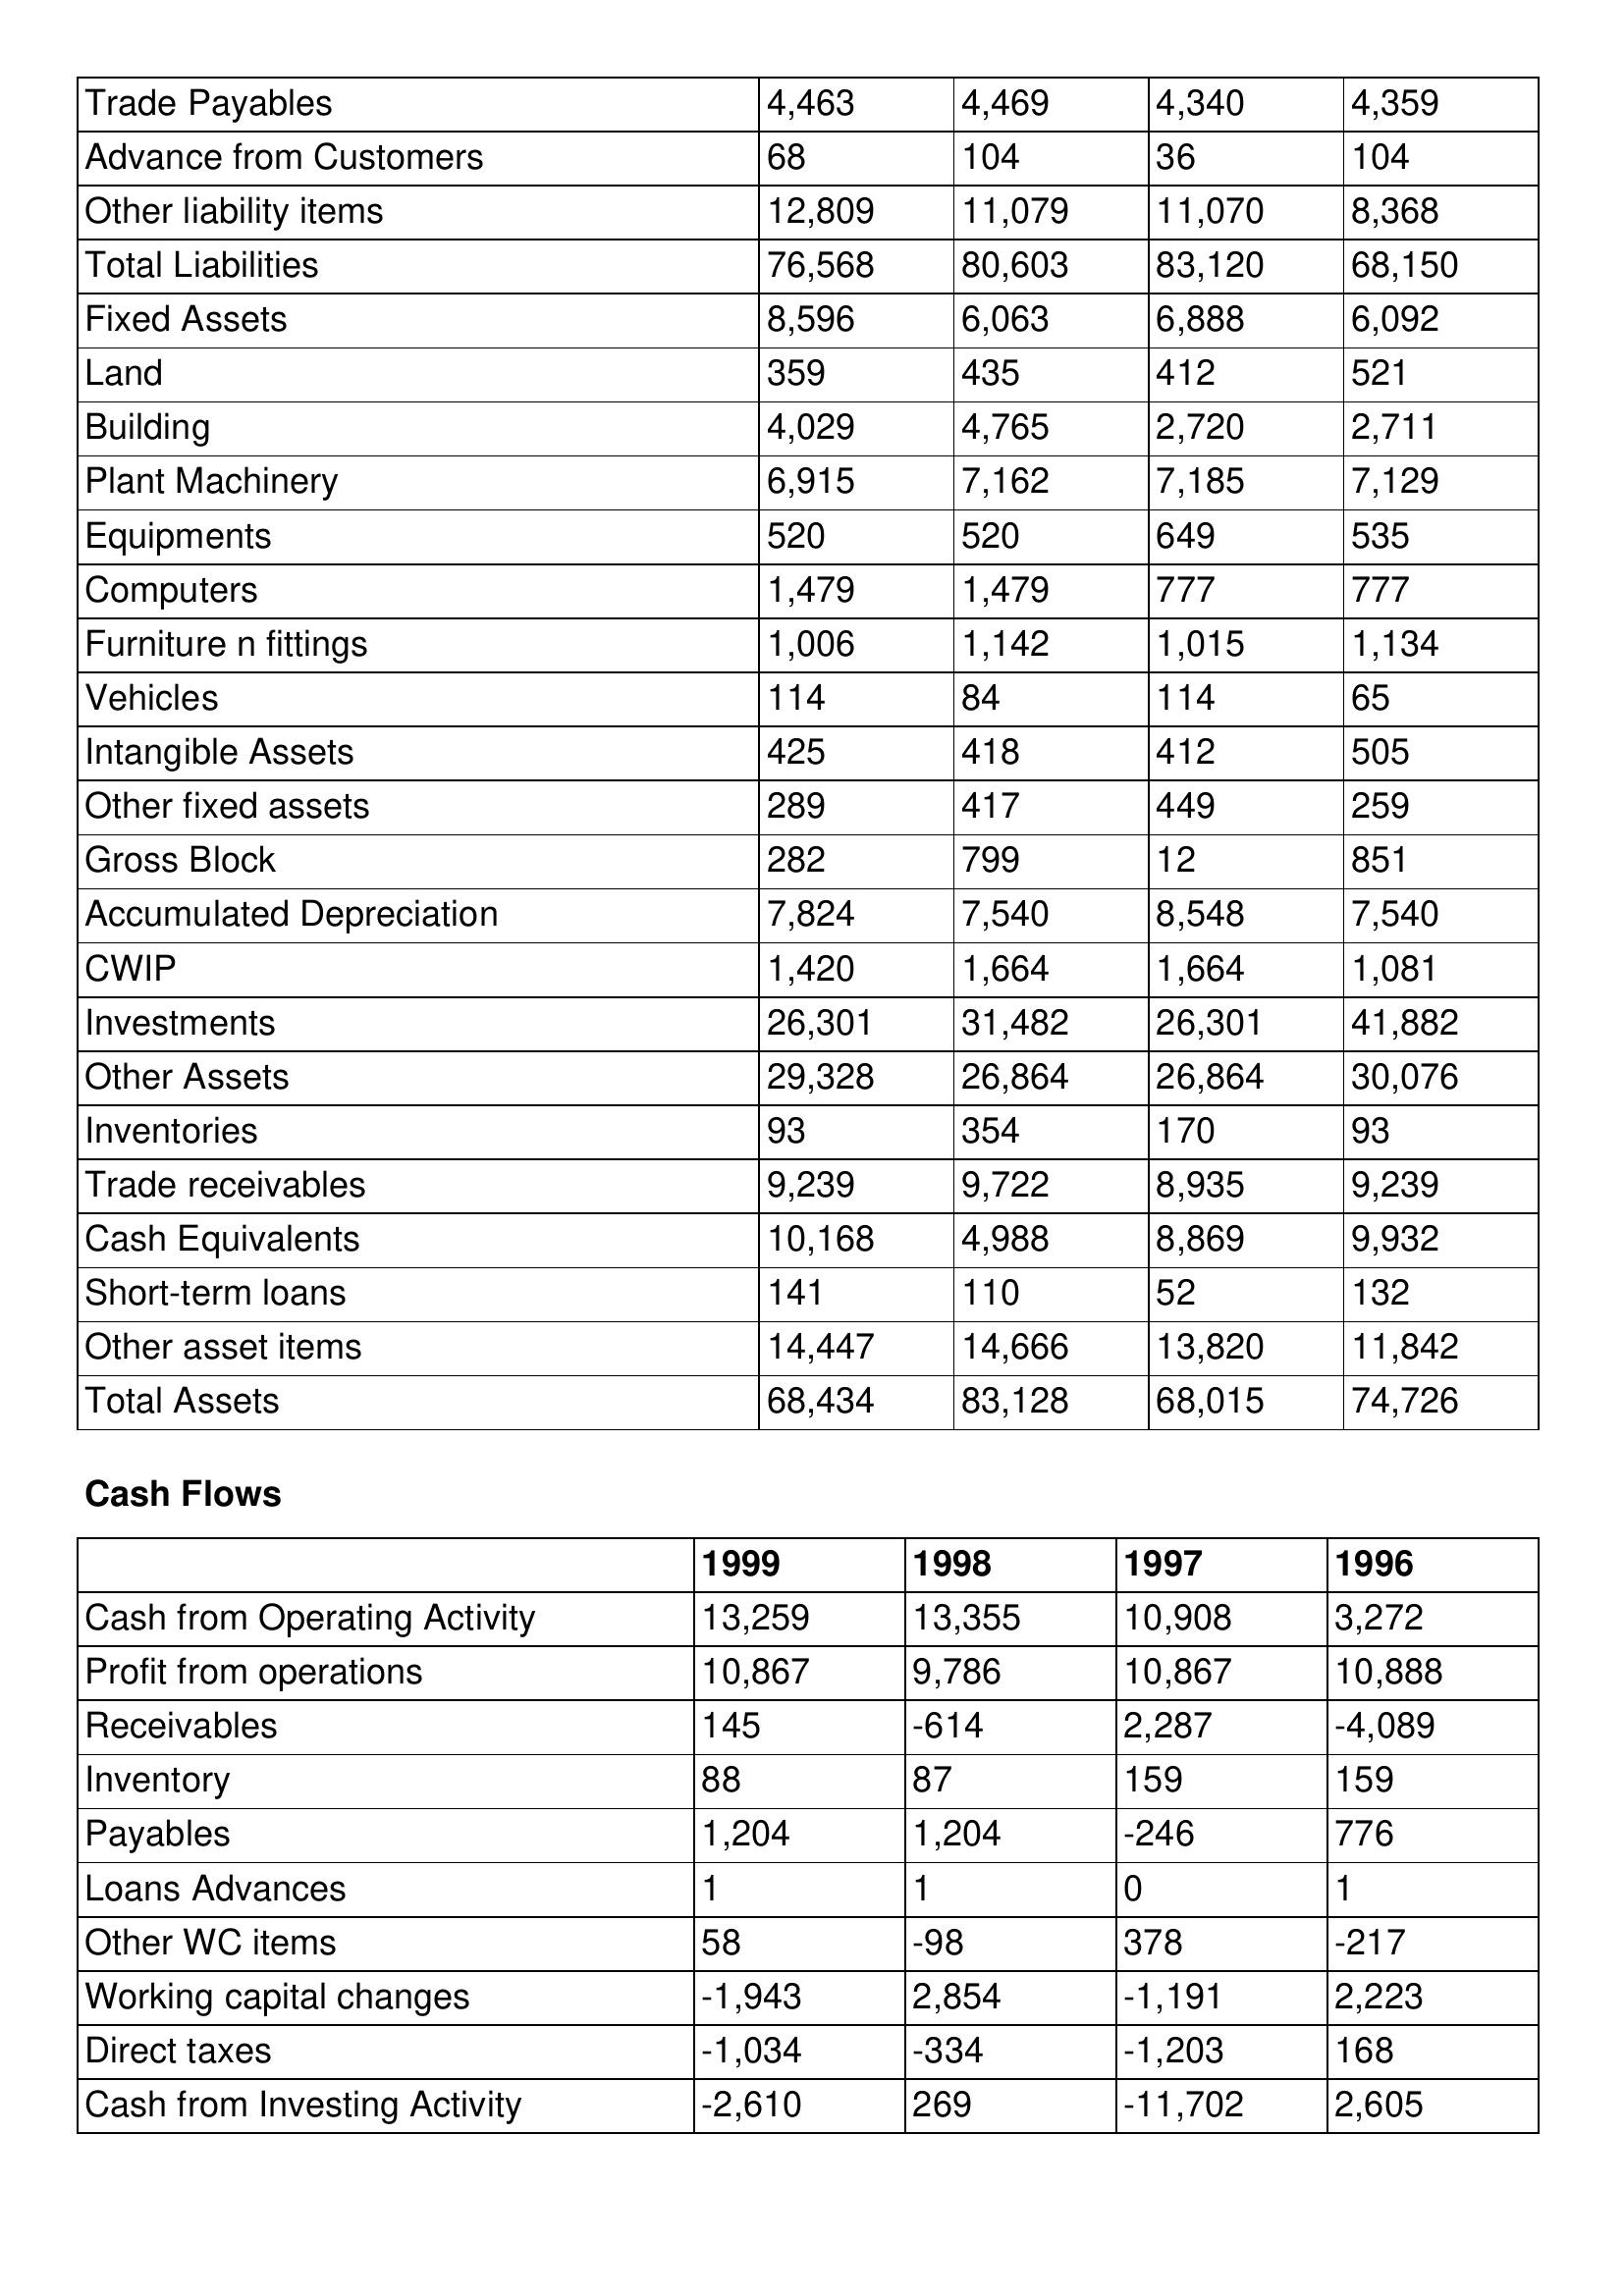
gt_parse: 1999: Balance Sheet: Trade Payables: 4,463
Advance from Customers: 68
Other liability items: 12,809
Total Liabilities: 76,568
Fixed Assets: 8,596
Land: 359
Building: 4,029
Plant Machinery: 6,915
Equipments: 520
Computers: 1,479
Furniture n fittings: 1,006
Vehicles: 114
Intangible Assets: 425
Other fixed assets: 289
Gross Block: 282
Accumulated Depreciation: 7,824
CWIP: 1,420
Investments: 26,301
Other Assets: 29,328
Inventories: 93
Trade receivables: 9,239
Cash Equivalents: 10,168
Short-term loans: 141
Other asset items: 14,447
Total Assets: 68,434
Cash Flows: Cash from Operating Activity: 13,259
Profit from operations: 10,867
Receivables: 145
Inventory: 88
Payables: 1,204
Loans Advances: 1
Other WC items: 58
Working capital changes: -1,943
Direct taxes: -1,034
Cash from Investing Activity: -2,610
1998: Balance Sheet: Trade Payables: 4,469
Advance from Customers: 104
Other liability items: 11,079
Total Liabilities: 80,603
Fixed Assets: 6,063
Land: 435
Building: 4,765
Plant Machinery: 7,162
Equipments: 520
Computers: 1,479
Furniture n fittings: 1,142
Vehicles: 84
Intangible Assets: 418
Other fixed assets: 417
Gross Block: 799
Accumulated Depreciation: 7,540
CWIP: 1,664
Investments: 31,482
Other Assets: 26,864
Inventories: 354
Trade receivables: 9,722
Cash Equivalents: 4,988
Short-term loans: 110
Other asset items: 14,666
Total Assets: 83,128
Cash Flows: Cash from Operating Activity: 13,355
Profit from operations: 9,786
Receivables: -614
Inventory: 87
Payables: 1,204
Loans Advances: 1
Other WC items: -98
Working capital changes: 2,854
Direct taxes: -334
Cash from Investing Activity: 269
1997: Balance Sheet: Trade Payables: 4,340
Advance from Customers: 36
Other liability items: 11,070
Total Liabilities: 83,120
Fixed Assets: 6,888
Land: 412
Building: 2,720
Plant Machinery: 7,185
Equipments: 649
Computers: 777
Furniture n fittings: 1,015
Vehicles: 114
Intangible Assets: 412
Other fixed assets: 449
Gross Block: 12
Accumulated Depreciation: 8,548
CWIP: 1,664
Investments: 26,301
Other Assets: 26,864
Inventories: 170
Trade receivables: 8,935
Cash Equivalents: 8,869
Short-term loans: 52
Other asset items: 13,820
Total Assets: 68,015
Cash Flows: Cash from Operating Activity: 10,908
Profit from operations: 10,867
Receivables: 2,287
Inventory: 159
Payables: -246
Loans Advances: 0
Other WC items: 378
Working capital changes: -1,191
Direct taxes: -1,203
Cash from Investing Activity: -11,702
1996: Balance Sheet: Trade Payables: 4,359
Advance from Customers: 104
Other liability items: 8,368
Total Liabilities: 68,150
Fixed Assets: 6,092
Land: 521
Building: 2,711
Plant Machinery: 7,129
Equipments: 535
Computers: 777
Furniture n fittings: 1,134
Vehicles: 65
Intangible Assets: 505
Other fixed assets: 259
Gross Block: 851
Accumulated Depreciation: 7,540
CWIP: 1,081
Investments: 41,882
Other Assets: 30,076
Inventories: 93
Trade receivables: 9,239
Cash Equivalents: 9,932
Short-term loans: 132
Other asset items: 11,842
Total Assets: 74,726
Cash Flows: Cash from Operating Activity: 3,272
Profit from operations: 10,888
Receivables: -4,089
Inventory: 159
Payables: 776
Loans Advances: 1
Other WC items: -217
Working capital changes: 2,223
Direct taxes: 168
Cash from Investing Activity: 2,605